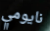
نايومي